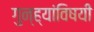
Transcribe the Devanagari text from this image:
गुन्ह्यांविषयी